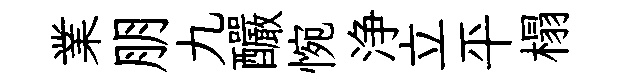
業朋九釅惋浄立平榻